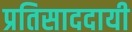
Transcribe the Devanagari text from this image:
प्रतिसाददायी